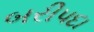
બરીપદા